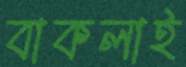
বাকলাই